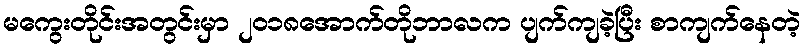
မကွေးတိုင်းအတွင်းမှာ ၂၀၁၈အောက်တိုဘာလက ပျက်ကျခဲ့ပြီး စာကျက်နေတဲ့